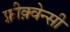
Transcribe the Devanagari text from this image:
फ़्रीक़्वेन्सी